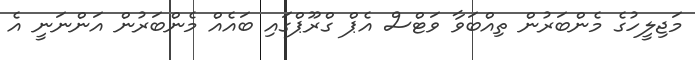
މަޖިލީހުގެ މެންބަރުން ތިއްބަވާ ވަޓްސް އެޕް ގްރޫޕްގައި ބައެއް މެންބަރުން އަންނަނީ އެ